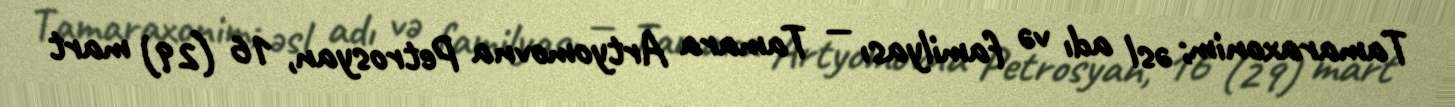
Tamaraxonim; əsl adı və familyası — Tamara Artyomovna Petrosyan, 16 (29) mart